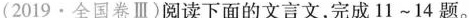
（2019.全国卷Ⅲ）阅读下面的文言文，完成1l~14题。